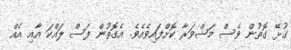
ގުޅޭ ގޮތުން ވެސް މަޝްވަރާ ކޮށްފައިވެއެވެ. އެގޮތުން ފަސް ލައްކަ އާއި އެއް